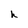
Character: h